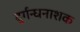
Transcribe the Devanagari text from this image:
दुर्गन्धनाशक